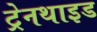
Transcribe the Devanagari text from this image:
ट्रेनथाइड